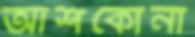
আশকোনা